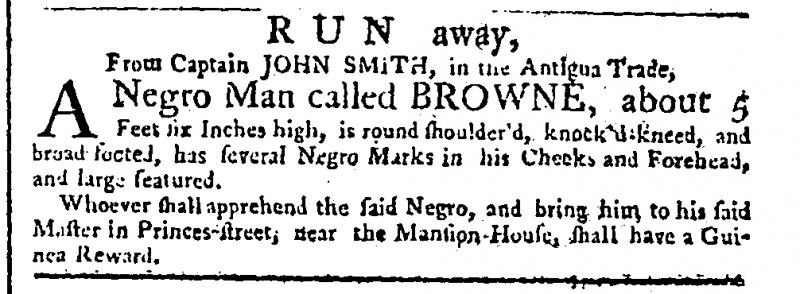
Public Advertiser, 18 December 1762 (England)
                     R U N  away, From Captain JOHN SMITH, in the Antigua Trade,   A Negro Man called BROWNE, about 5 Feet six Inches high, is round shoulder’d, knock’d-kneed, and broad footed, has several Negro Marks in his Cheeks and Forehead, and large featured.   Whoever shall apprehend the said Negro, and bring him to his said Master in Princes-street, near the Mansion-House, shall have a Guinea Reward.